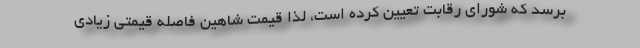
برسد كه شوراي رقابت تعيين كرده است، لذا قيمت شاهين فاصله قيمتي زيادي